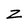
Character: Z